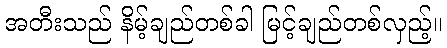
အတီးသည် နိမ့်ချည်တစ်ခါ မြင့်ချည်တစ်လှည့်။